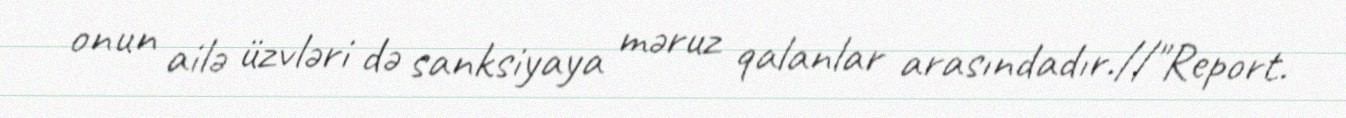
onun ailə üzvləri də sanksiyaya məruz qalanlar arasındadır.//"Report.